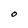
Character: O